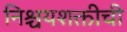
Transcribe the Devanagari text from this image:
निश्चयशक्तीची